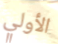
الأولي